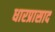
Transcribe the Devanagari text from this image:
धारप्रासाद